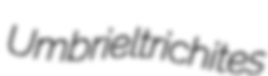
Umbriel trichites